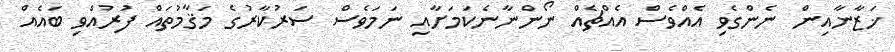
ޚަޒާނާއިން ނެންގެވި އެއްވެސް އެއްޗެއް ނޯންނާނެކަމަށާއި ނަމަވެސް ސަރުކާރުގެ މަޤާމުތައް ފުރުއްވި ބައެއް